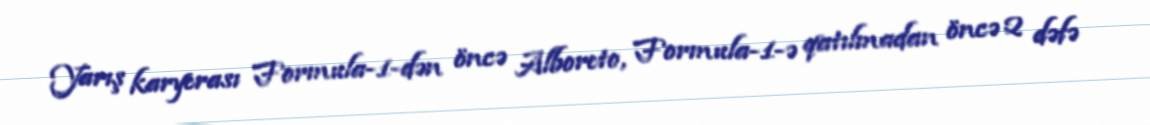
Yarış karyerası Formula-1-dən öncə Alboreto, Formula-1-ə qatılmadan öncə 2 dəfə